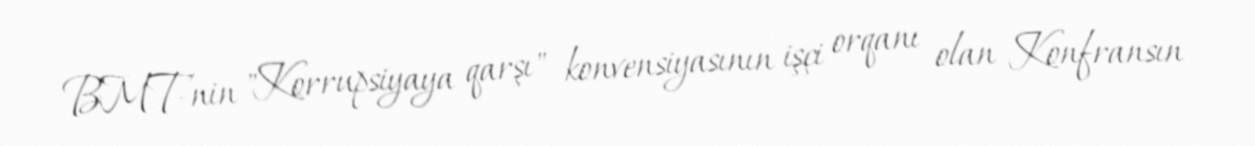
BMT-nin "Korrupsiyaya qarşı" konvensiyasının işçi orqanı olan Konfransın